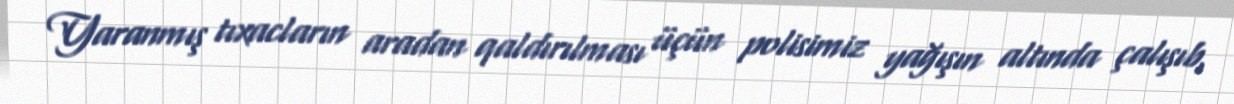
Yaranmış tıxacların aradan qaldırılması üçün polisimiz yağışın altında çalışıb,